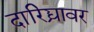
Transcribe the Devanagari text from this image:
दारिद्र्यावर